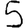
Digit: 5